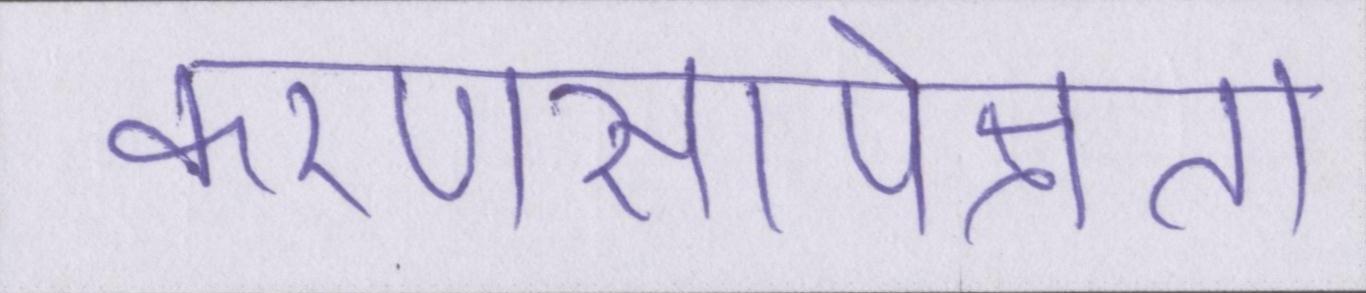
करणसापेक्षता